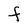
Character: F